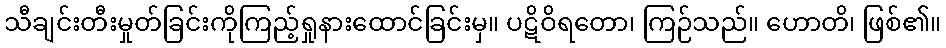
သီချင်းတီးမှုတ်ခြင်းကိုကြည့်ရှုနားထောင်ခြင်းမှ။ ပဋိဝိရတော၊ ကြဉ်သည်။ ဟောတိ၊ ဖြစ်၏။